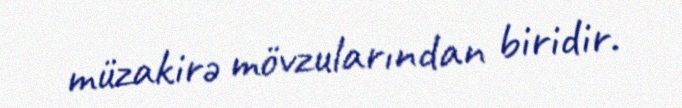
müzakirə mövzularından biridir.